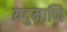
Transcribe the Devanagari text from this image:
यदुमाणि